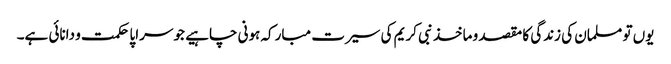
یوں تو مسلمان کی زندگی کا مقصد و ماخذ نبی کریم کی سیرت مبارکہ ہونی چاہیے جو سراپا حکمت و دانائی ہے۔